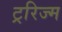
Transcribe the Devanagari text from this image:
ट्ररिज्म